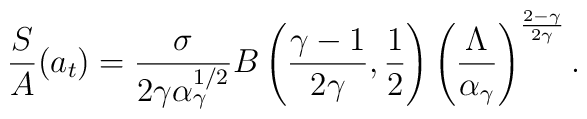
\frac{S}{A}(a_{t})=\frac{\sigma}{2\gamma\alpha_{\gamma}^{1/2}}B\left (\frac{\gamma-1}{2\gamma},\frac{1}{2}\right)\left(\frac{\Lambda}{\alpha_{\gamma}}\right)^{\frac{2-\gamma}{2\gamma}}.